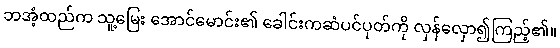
ဘအံ့ထည်က သူ့မြေး အောင်မောင်း၏ ခေါင်းကဆံပင်ပုတ်ကို လှန်လှော၍ကြည့်၏။